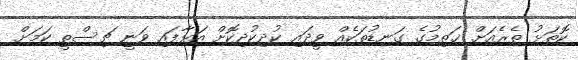
ކޮތަޅު ތެރެއަށް ޚަތިމުގެ ގަނޑުތަކެއް ވީދައި ކުދިކުދިކޮށް އަޅާފައި ވަނީ ޗިސްތީ ކަމަށް